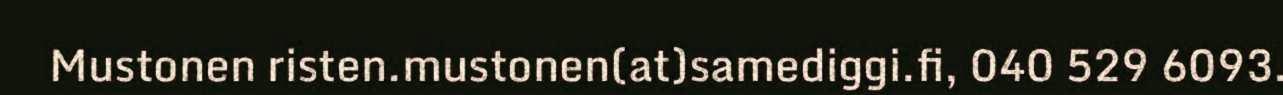
Mustonen risten.mustonen(at)samediggi.fi, 040 529 6093.